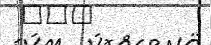
١٤٥